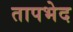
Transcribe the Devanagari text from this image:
तापभेद